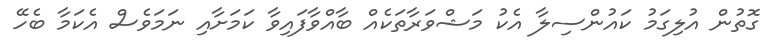
ގޮތުން އުލިގަމު ކައުންސިލާ އެކު މަޝްވަރާތަކެއް ބާއްވާފައިވާ ކަމަށާއި ނަމަވެސް އެކަމާ ބެހޭ